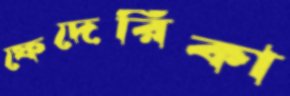
ফেদেরিকা